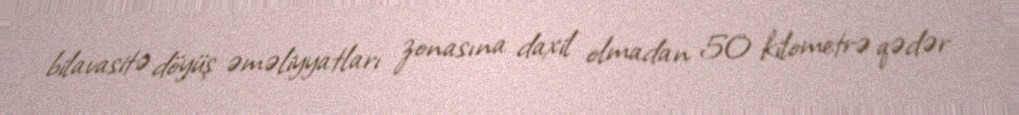
bilavasitə döyüş əməliyyatları zonasına daxil olmadan 50 kilometrə qədər